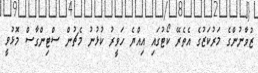
ޒުވާނުންގެ މަރުކަޒުގެ އެތެރޭ ކޯޓުގައި އިއްޔެ ހަވީރު ކުޅުނު މެޗުން ސްޓިންގާސް މޮޅުވީ